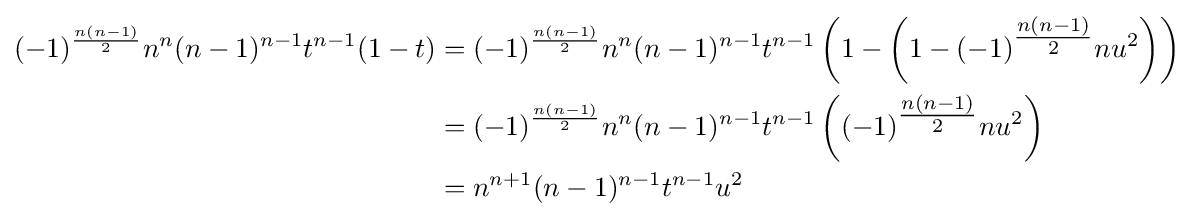
{\begin{aligned}(-1)^{\frac {n(n-1)}{2}}n^{n}(n-1)^{n-1}t^{n-1}(1-t)&=(-1)^{\frac {n(n-1)}{2}}n^{n}(n-1)^{n-1}t^{n-1}\left(1-\left(1-(-1)^{\tfrac {n(n-1)}{2}}nu^{2}\right)\right)\\&=(-1)^{\frac {n(n-1)}{2}}n^{n}(n-1)^{n-1}t^{n-1}\left((-1)^{\tfrac {n(n-1)}{2}}nu^{2}\right)\\&=n^{n+1}(n-1)^{n-1}t^{n-1}u^{2}\end{aligned}}